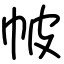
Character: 帔